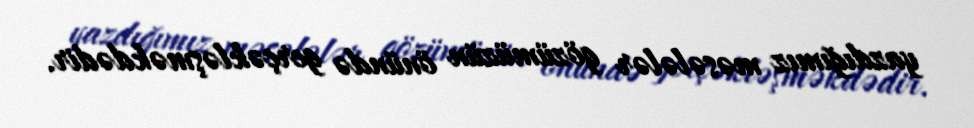
yazdığımız məsələlər gözümüzün önündə gerçəkləşməkdədir.